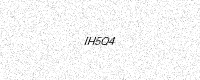
Text: IH5Q4